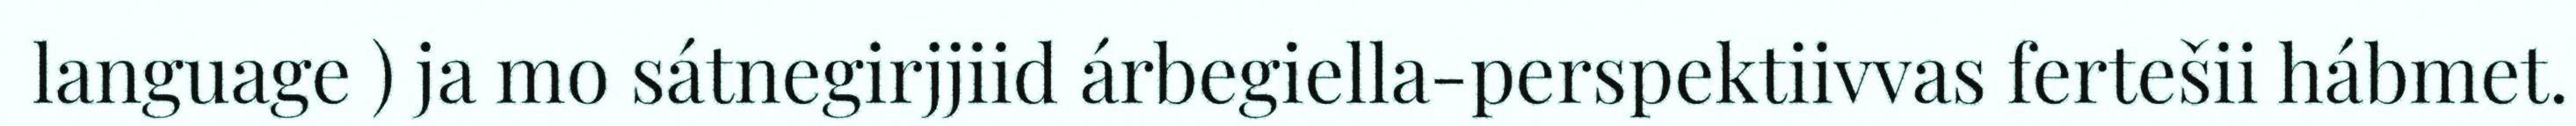
language ) ja mo sátnegirjjiid árbegiella-perspektiivvas fertešii hábmet.